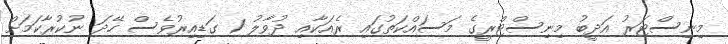
މިނިސްޓަރު އަދީބު މިނިސްޓްރީގެ މަސައްކަތުގައި ރެއަކާއި ދުވާލު 1 ގަޑިއިރުވެސް ހޭދަ ނުކުރާކަމަށް